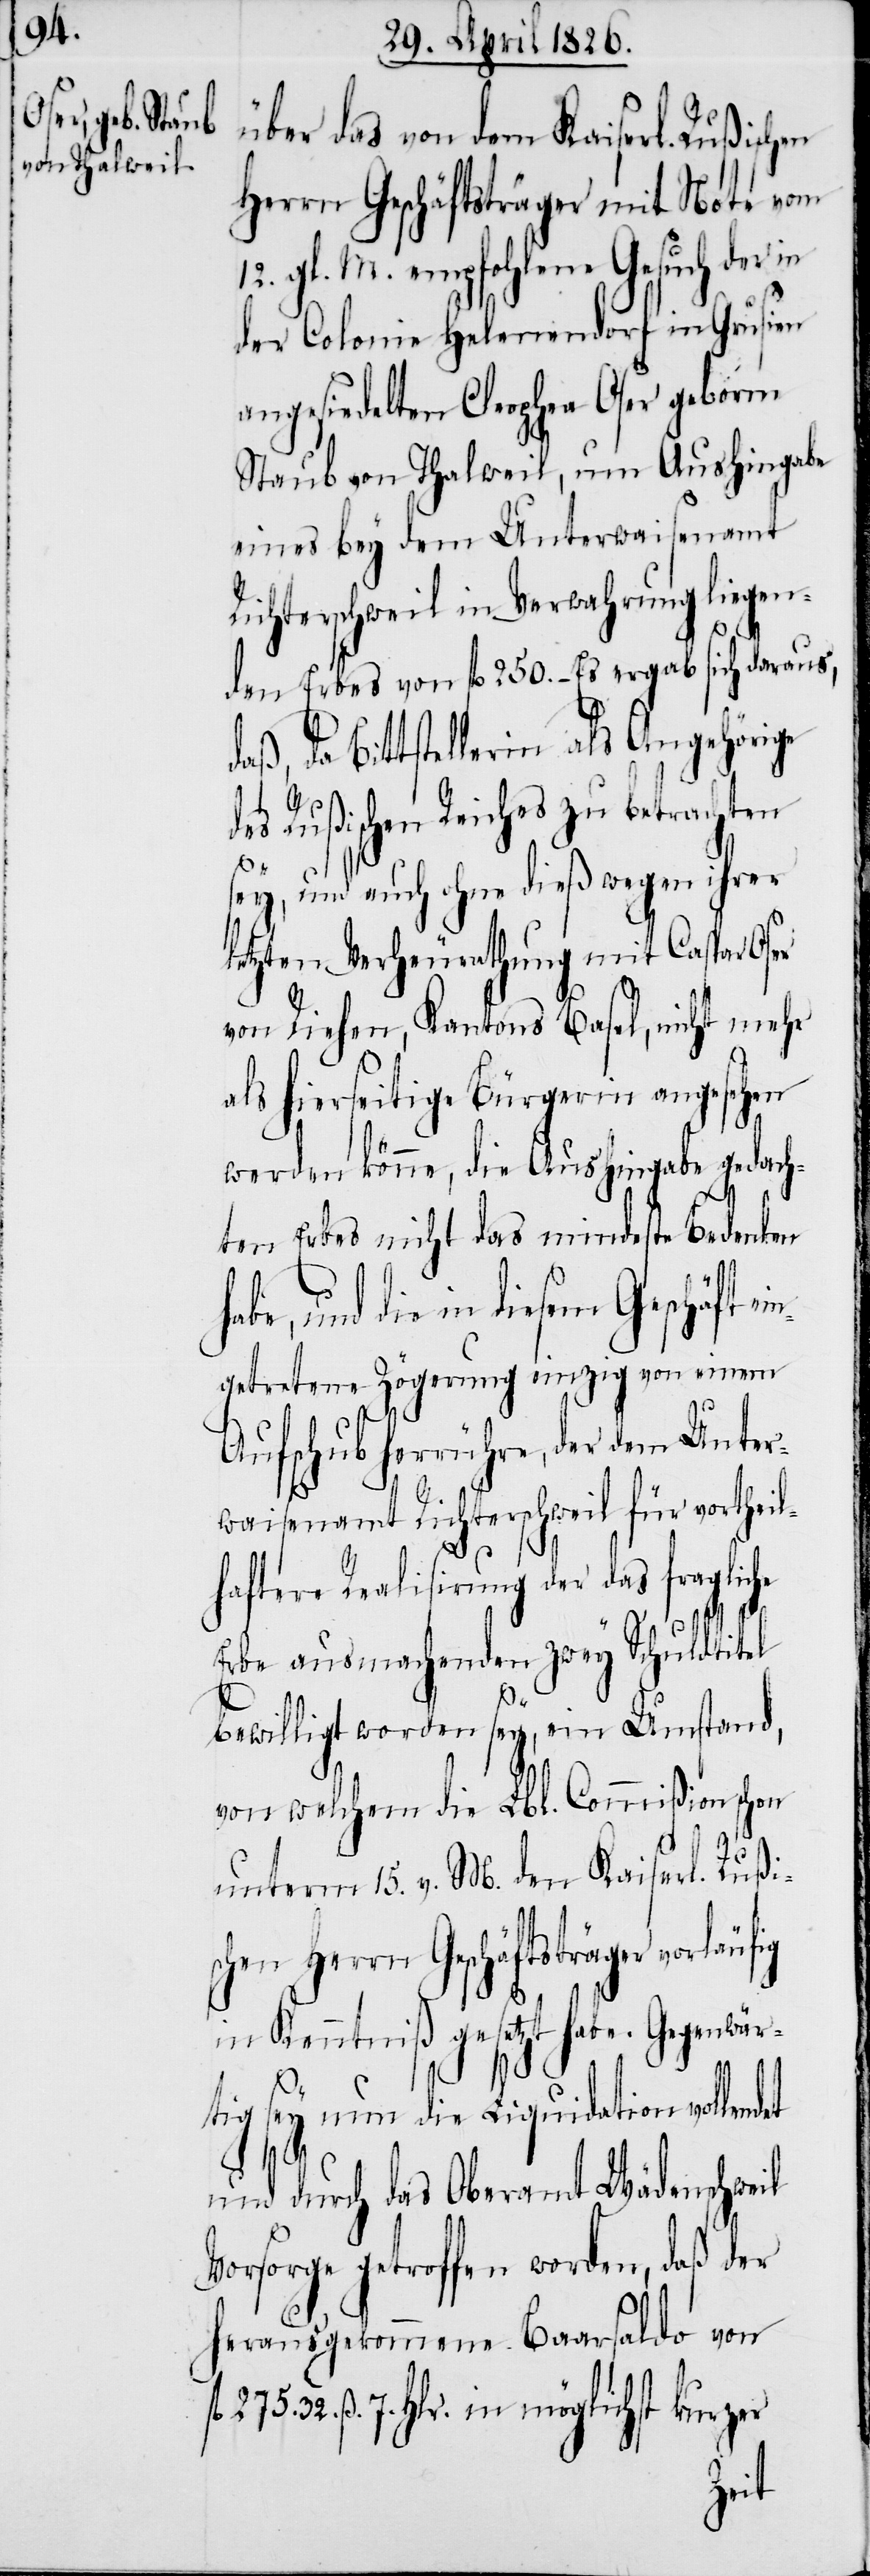
über das von dem Kaiserl. Rußischen
Herrn Geschäftsträger mit Note vom
12. gl. M. empfohlene Gesuch der in
der Colonie Helenendorf in Grusien
angesiedelten Cleophea Oser geborne
Staub von Thalweil, um Aushingabe
eines bey dem Unterwaisenamt
Richterschweil in Verwahrung liegen¬
den Erbes von fl. 250. – Es ergab sich daraus,
daß, da Bittstellerin als Angehörige
des Rußischen Reiches zu betrachten
ey, und auch ohne dieß wegen ihrer
letzten Verheurathung mit Caspar Oser
von Riehen, Kantons Basel, nicht mehr
als hierseitige Bürgerin angesehen
werden könne, die Aushingabe gedach¬
ten Erbes nicht das mindeste Bedenken
die in diesem Geschäft
getretene Zögerung einzig von einem
Aufschub herrühre, der dem Unter¬
waisenamt Richterschweil für vortheil¬
das
Erbe ausmachenden zwey Schuldtitel
bewilligt worden sey, ein Umstand,
von welchem die Lbl. Commißion schon
s¬
unterm 15. v. M. den Kaiserl. Rußi¬
schen Herrn Geschäftsträger
in Kenntniß gesetzt habe. Gegenwä¬
rtig sey nun die Liquidation vollend¬
fl.
und durch das Oberamt Wädenschweil
Vorsorge getroffen worden, daß der
herausgekommene Baarsaldo von
275. 32. ß. 7. Hlr. in möglichst kurzer
der